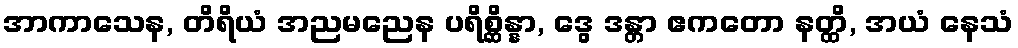
အာကာသေန, တိရိယံ အညမညေန ပရိစ္ဆိန္နာ, ဒွေ ဒန္တာ ဧကတော နတ္ထိ, အယံ နေသံ